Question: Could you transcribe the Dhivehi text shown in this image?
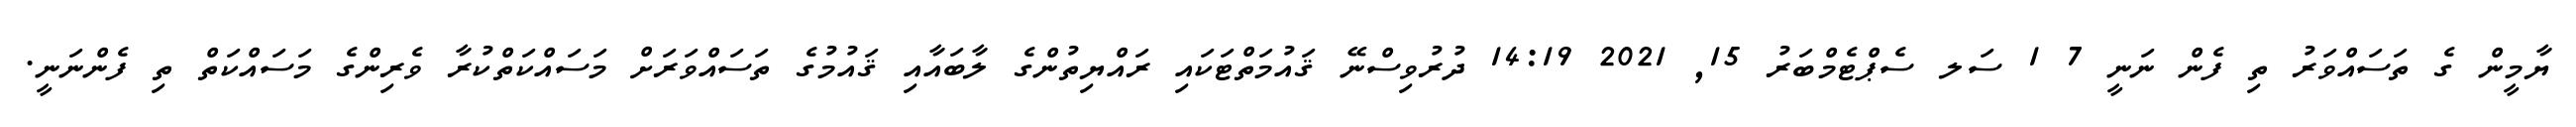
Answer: ޔާމީން ގެ ތަސައްވަރު ތި ފެން ނަނީ 7 1 ސަލ ސެޕްޓެމްބަރު 15, 2021 14:19 ދުރުވިސްނޭ ޤައުމަތްޓަކައި ރައްޔިތުންގެ ލާބައާއި ޤައުމުގެ ތަސައްވަރަށް މަސައްކަތްކުރާ ވެރިންގެ މަސައްކަތް ތި ފެންނަނީ.